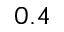
0 . 4